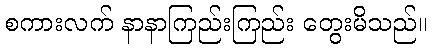
စကားလက် နာနာကြည်းကြည်း တွေးမိသည်။